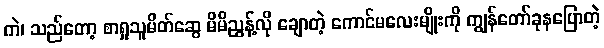
ကဲ၊ သည်တော့ စာရှုသူမိတ်ဆွေ မိမိညွန့်လို ချောတဲ့ ကောင်မလေးမျိုးကို ကျွန်တော်ခုနပြောတဲ့